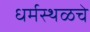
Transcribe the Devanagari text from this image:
धर्मस्थळचे